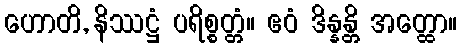
ဟောတိ, နိဿဋ္ဌံ ပရိစ္စတ္တံ။ ဧဝံ ဒိန္နန္တိ အတ္ထော။